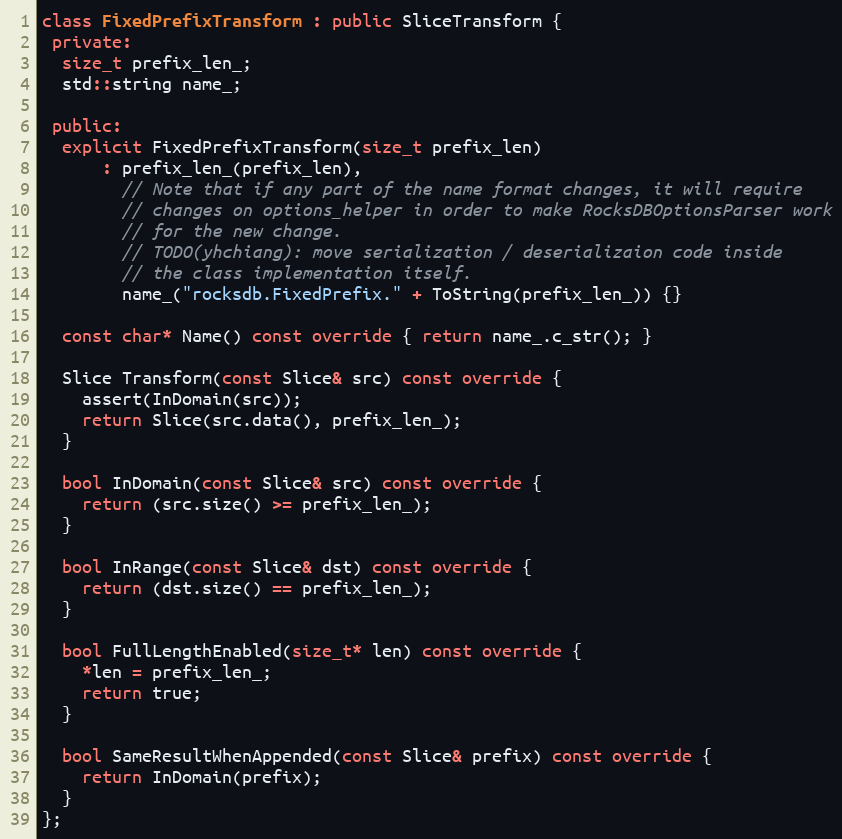
Language: C++
class FixedPrefixTransform : public SliceTransform {
 private:
  size_t prefix_len_;
  std::string name_;

 public:
  explicit FixedPrefixTransform(size_t prefix_len)
      : prefix_len_(prefix_len),
        // Note that if any part of the name format changes, it will require
        // changes on options_helper in order to make RocksDBOptionsParser work
        // for the new change.
        // TODO(yhchiang): move serialization / deserializaion code inside
        // the class implementation itself.
        name_("rocksdb.FixedPrefix." + ToString(prefix_len_)) {}

  const char* Name() const override { return name_.c_str(); }

  Slice Transform(const Slice& src) const override {
    assert(InDomain(src));
    return Slice(src.data(), prefix_len_);
  }

  bool InDomain(const Slice& src) const override {
    return (src.size() >= prefix_len_);
  }

  bool InRange(const Slice& dst) const override {
    return (dst.size() == prefix_len_);
  }

  bool FullLengthEnabled(size_t* len) const override {
    *len = prefix_len_;
    return true;
  }

  bool SameResultWhenAppended(const Slice& prefix) const override {
    return InDomain(prefix);
  }
};